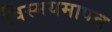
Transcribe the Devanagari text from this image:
विस्मयमापन्न